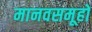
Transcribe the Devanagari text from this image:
मानवसमूहों